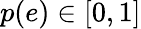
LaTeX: p(e)\in[0,1]